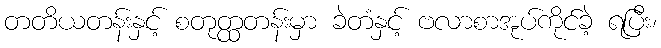
တတိယတန်းနှင့် စတုတ္ထတန်းမှာ ခဲတံနှင့် ဗလာစာအုပ်ကိုင်ခဲ့ ရပြီး၊